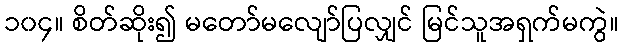
၁၀၄။ စိတ်ဆိုး၍ မတော်မလျော်ပြလျှင် မြင်သူအရှက်မကွဲ။